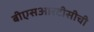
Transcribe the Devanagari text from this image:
बीएसआरटीसीची